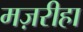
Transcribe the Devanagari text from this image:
मज़रीहा